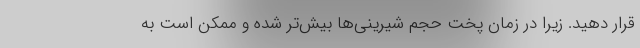
قرار دهید. زیرا در زمان پخت حجم شیرینی‌ها بیش‌تر شده و ممکن است به